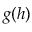
g ( h )